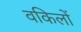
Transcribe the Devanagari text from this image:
वकिलों